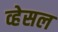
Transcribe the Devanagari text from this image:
व्हेसल